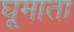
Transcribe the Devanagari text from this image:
घूमाता